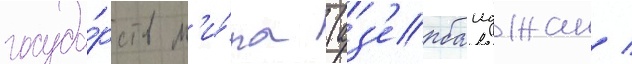
госуда́рств м'и́ра (аз'ербаиджан /